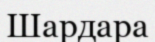
Шардара